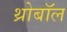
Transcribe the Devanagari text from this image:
थ्रोबॉल